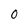
Character: O